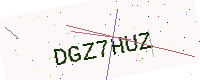
Text: DGZ7HUZ